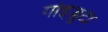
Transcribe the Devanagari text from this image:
गोइज़ुटा